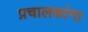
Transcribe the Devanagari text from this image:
प्रचालकांना